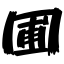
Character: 圃